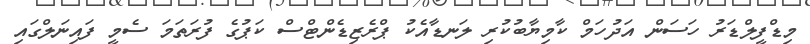
މިޑްފީލްޑަރު ހަސަން އަދުހަމް ކާމިޔާބުކުރި ލަނޑާއެކު ޕްރެޒިޑެންޓްސް ކަޕުގެ ފުރަތަމަ ސެމީ ފައިނަލްގައި